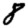
Digit: 8